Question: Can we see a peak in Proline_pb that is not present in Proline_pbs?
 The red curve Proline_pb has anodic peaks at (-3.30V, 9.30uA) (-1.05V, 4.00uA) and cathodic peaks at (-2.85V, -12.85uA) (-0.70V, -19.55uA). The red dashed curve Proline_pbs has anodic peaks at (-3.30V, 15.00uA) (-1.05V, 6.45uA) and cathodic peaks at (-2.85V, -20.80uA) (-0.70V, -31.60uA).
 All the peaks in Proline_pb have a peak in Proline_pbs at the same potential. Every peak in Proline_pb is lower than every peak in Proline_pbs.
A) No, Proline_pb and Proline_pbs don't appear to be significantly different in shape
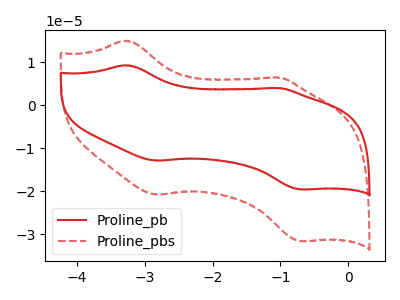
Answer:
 <answer>A) No, "Proline_pb" and "Proline_pbs" don't appear to be significantly different in shape</answer>
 <eval>A</eval>